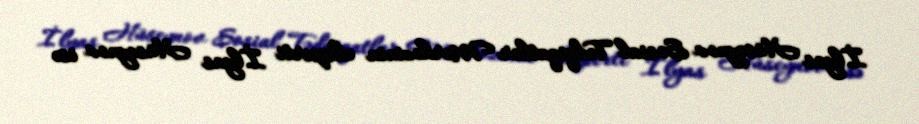
İlyas Hüseynov Sosial Tədqiqatlar Mərkəzinin eksperti İlyas Hüseynov isə